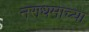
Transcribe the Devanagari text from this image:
नराधमाच्या